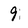
Character: 9